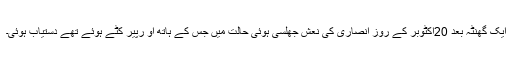
ایک گھنٹہ بعد 20اکٹوبر کے روز انصاری کی نعش جھلسی ہوئی حالت میں جس کے ہاتھ او رپیر کٹے ہوئے تھے دستیاب ہوئی۔